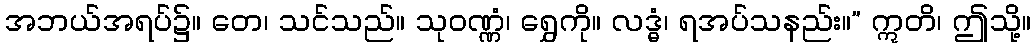
အဘယ်အရပ်၌။ တေ၊ သင်သည်။ သုဝဏ္ဏံ၊ ရွှေကို။ လဒ္ဓံ၊ ရအပ်သနည်း။” ဣတိ၊ ဤသို့။